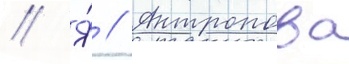
// Я́ // Антропова